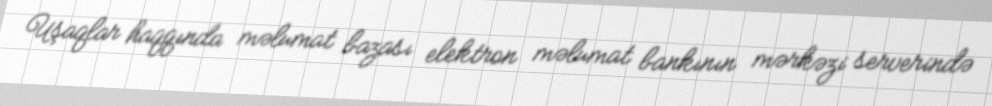
Uşaqlar haqqında məlumat bazası elektron məlumat bankının mərkəzi serverində